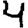
Digit: 4